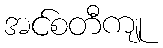
အင်စတီကျု